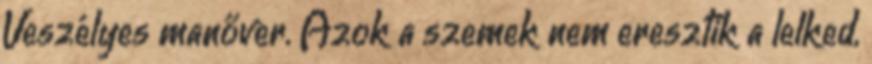
Veszélyes manőver. Azok a szemek nem eresztik a lelked,